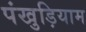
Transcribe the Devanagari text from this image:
पंखुड़ियाम